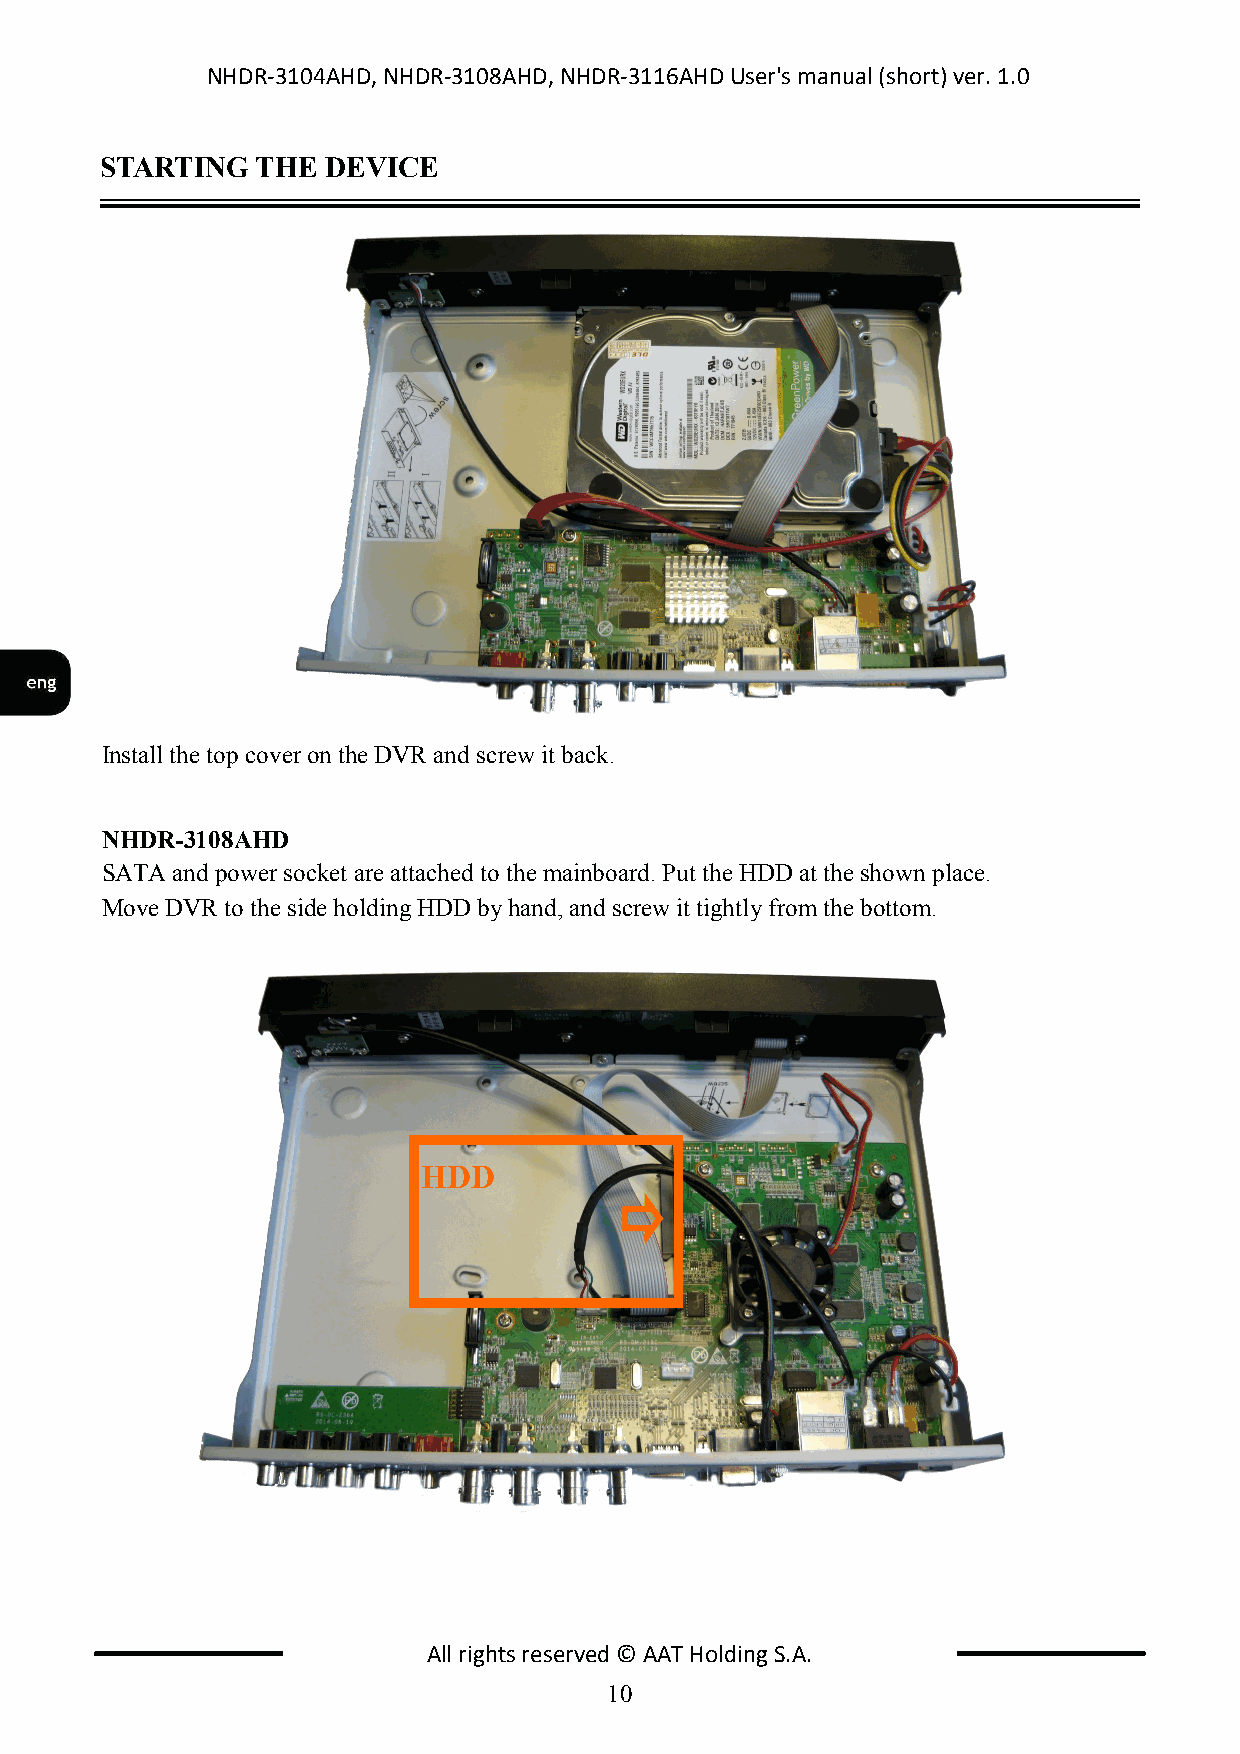
NHDR-3104AHD, NHDR-3108AHD, NHDR-3116AHD User's manual (short) ver. 1.0
 STARTING  THE  DEVICE
 Install the top cover on the DVR and screw it back.
 NHDR-3108AHD
 SATA and power socket are attached to the mainboard. Put the HDD at the shown place.
 Move DVR to the side holding HDD by hand, and screw it tightly from the bottom.
 HDD
 All rights reserved © AAT Holding S.A.
 10